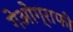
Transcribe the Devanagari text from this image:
गेओग्राफी